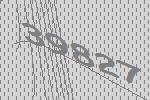
39827